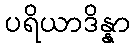
ပရိယာဒိန္နာ